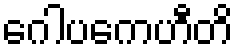
ဂေါပကေဟီတိ